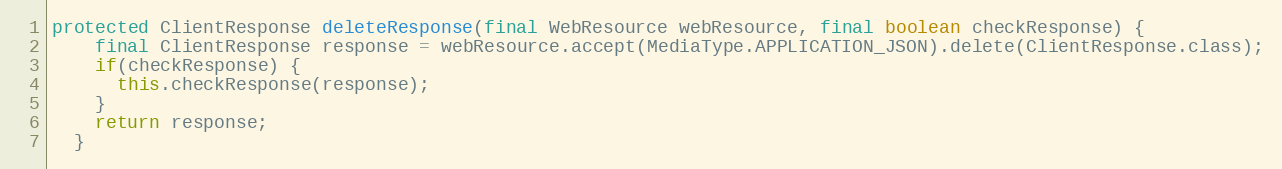
Language: Java
protected ClientResponse deleteResponse(final WebResource webResource, final boolean checkResponse) {
    final ClientResponse response = webResource.accept(MediaType.APPLICATION_JSON).delete(ClientResponse.class);
    if(checkResponse) {
      this.checkResponse(response);
    }
    return response;
  }